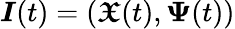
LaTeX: \boldsymbol{I}(t)=(\boldsymbol{\mathfrak{X}}(t),\boldsymbol{\Psi}(t))